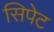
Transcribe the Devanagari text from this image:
सिपेट